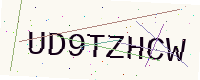
Text: UD9TZHCW